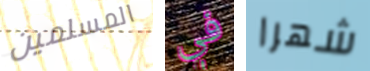
المسلمين في شهرا